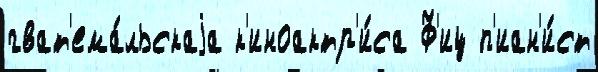
гват'ема́льскаjа к'иноактр'и́са Ф'иц п'иан'и́ст